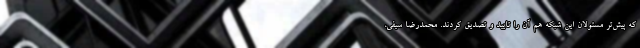
که پیش‌تر مسئولان این شبکه هم آن را تایید و تصدیق کردند. محمدرضا سیفی،